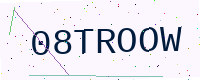
Text: 08TROOW